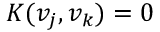
K ( v _ { j } , v _ { k } ) = 0